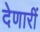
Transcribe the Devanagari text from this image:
देणारीं